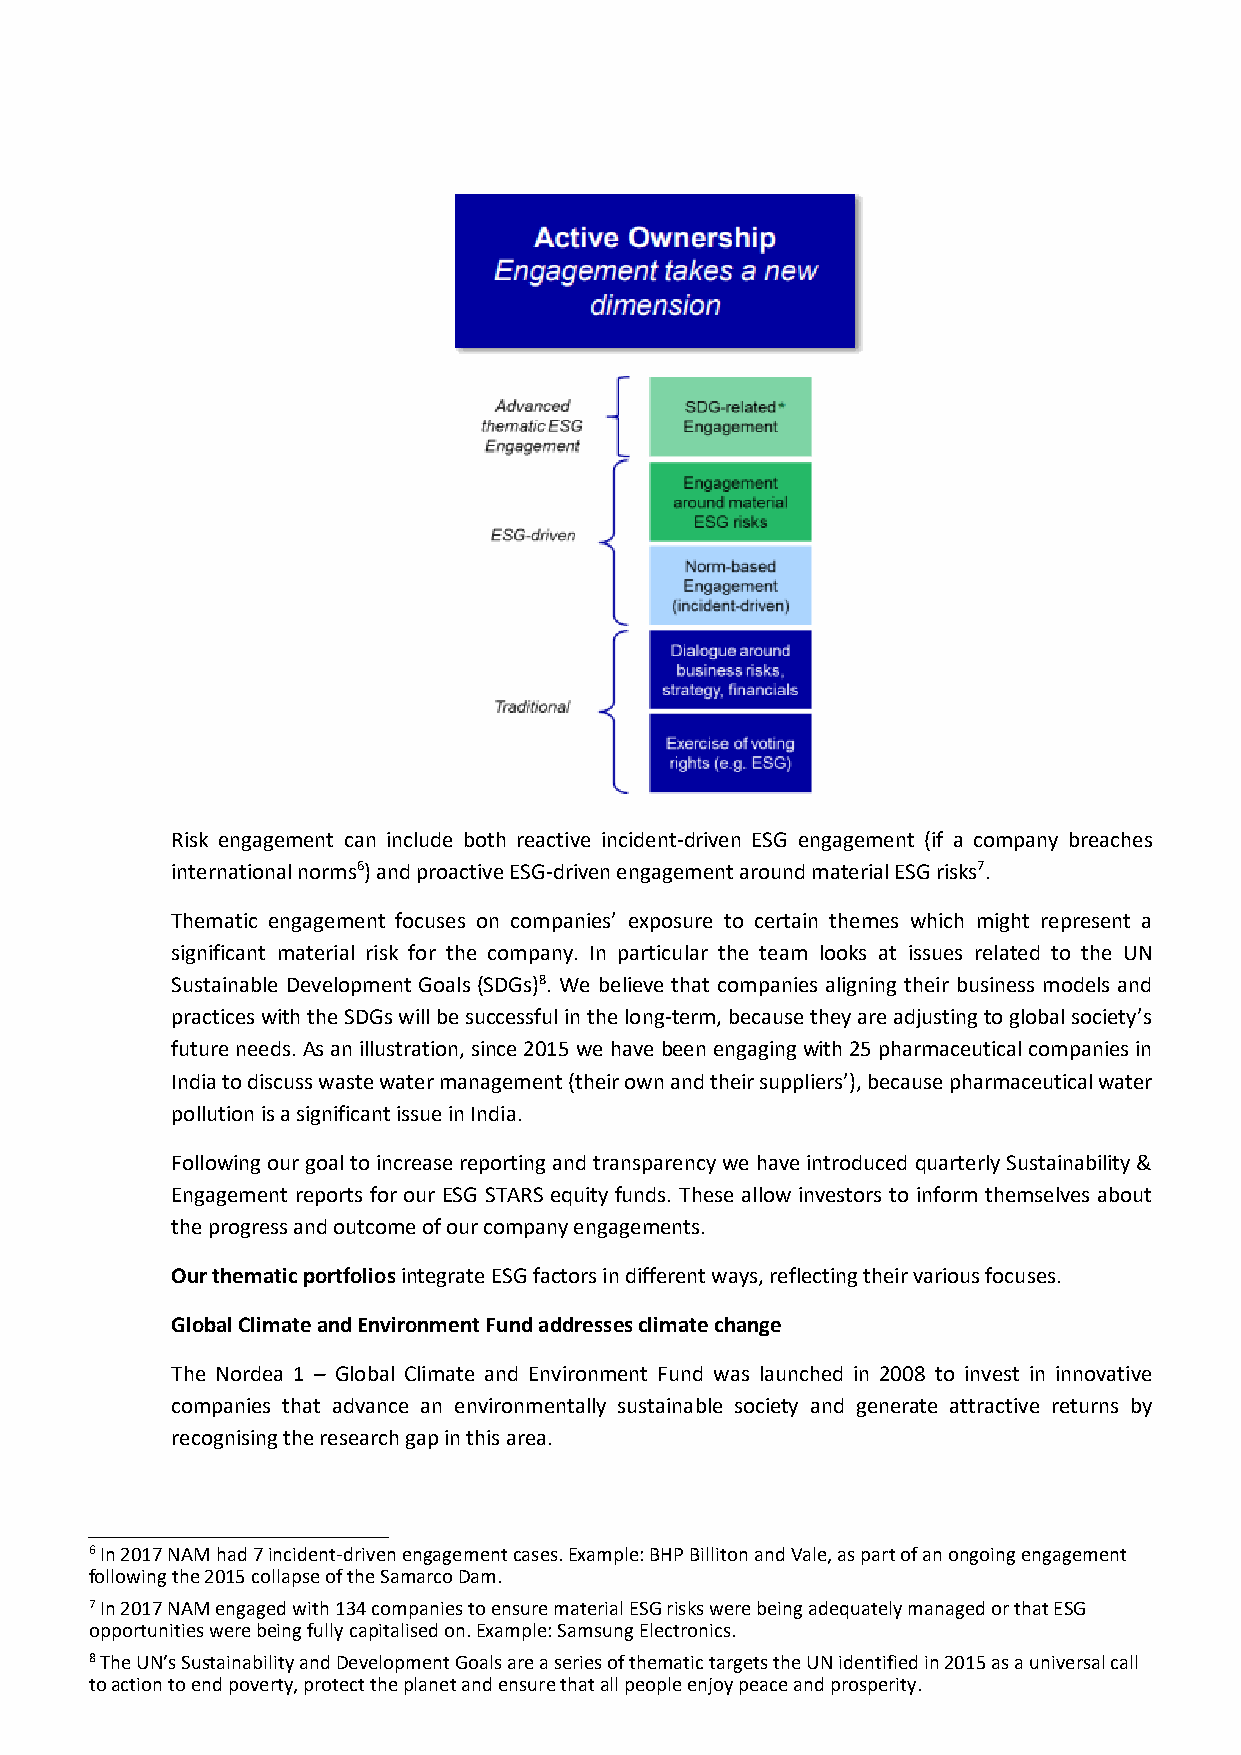
Risk engagement can include both reactive incident-driven ESG engagement (if a company breaches
 international norms6) and proactive ESG-driven engagement around material ESG risks7.
 Thematic engagement focuses on companies’ exposure to certain themes which might represent a
 significant material risk for the company. In particular the team looks at issues related to the UN
 Sustainable Development Goals (SDGs)8. We believe that companies aligning their business models and
 practices with the SDGs will be successful in the long-term, because they are adjusting to global society’s
 future needs. As an illustration, since 2015 we have been engaging with 25 pharmaceutical companies in
 India to discuss waste water management (their own and their suppliers’), because pharmaceutical water
 pollution is a significant issue in India.
 Following our goal to increase reporting and transparency we have introduced quarterly Sustainability &
 Engagement reports for our ESG STARS equity funds. These allow investors to inform themselves about
 the progress and outcome of our company engagements.
 Our thematic portfolios integrate ESG factors in different ways, reflecting their various focuses.
 Global Climate and Environment Fund addresses climate change
 The Nordea 1 – Global Climate and Environment Fund was launched in 2008 to invest in innovative
 companies that advance an environmentally sustainable society and generate attractive returns by
 recognising the research gap in this area.
 6 In 2017 NAM had 7 incident-driven engagement cases. Example: BHP Billiton and Vale, as part of an ongoing engagement
 following the 2015 collapse of the Samarco Dam.
 7 In 2017 NAM engaged with 134 companies to ensure material ESG risks were being adequately managed or that ESG
 opportunities were being fully capitalised on. Example: Samsung Electronics.
 8 The UN’s Sustainability and Development Goals are a series of thematic targets the UN identified in 2015 as a universal call
 to action to end poverty, protect the planet and ensure that all people enjoy peace and prosperity.